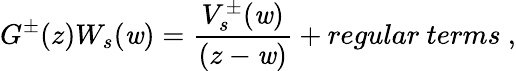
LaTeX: G^{\pm}(z)W_{s}(\mathit{w})={\frac{{V_{s}^{\pm}(\mathit{w})}}{{(z-\mathit{w})}}}+regular\ terms\ ,